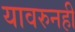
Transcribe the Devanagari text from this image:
यावरुनही